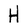
Character: H